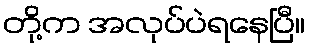
တို့က အလုပ်ပဲရနေပြီ။